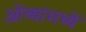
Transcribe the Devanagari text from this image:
ओंव्यांमध्यें